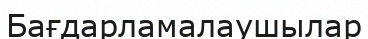
Бағдарламалаушылар